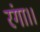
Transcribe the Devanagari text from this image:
रंगा।।